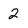
Character: 2